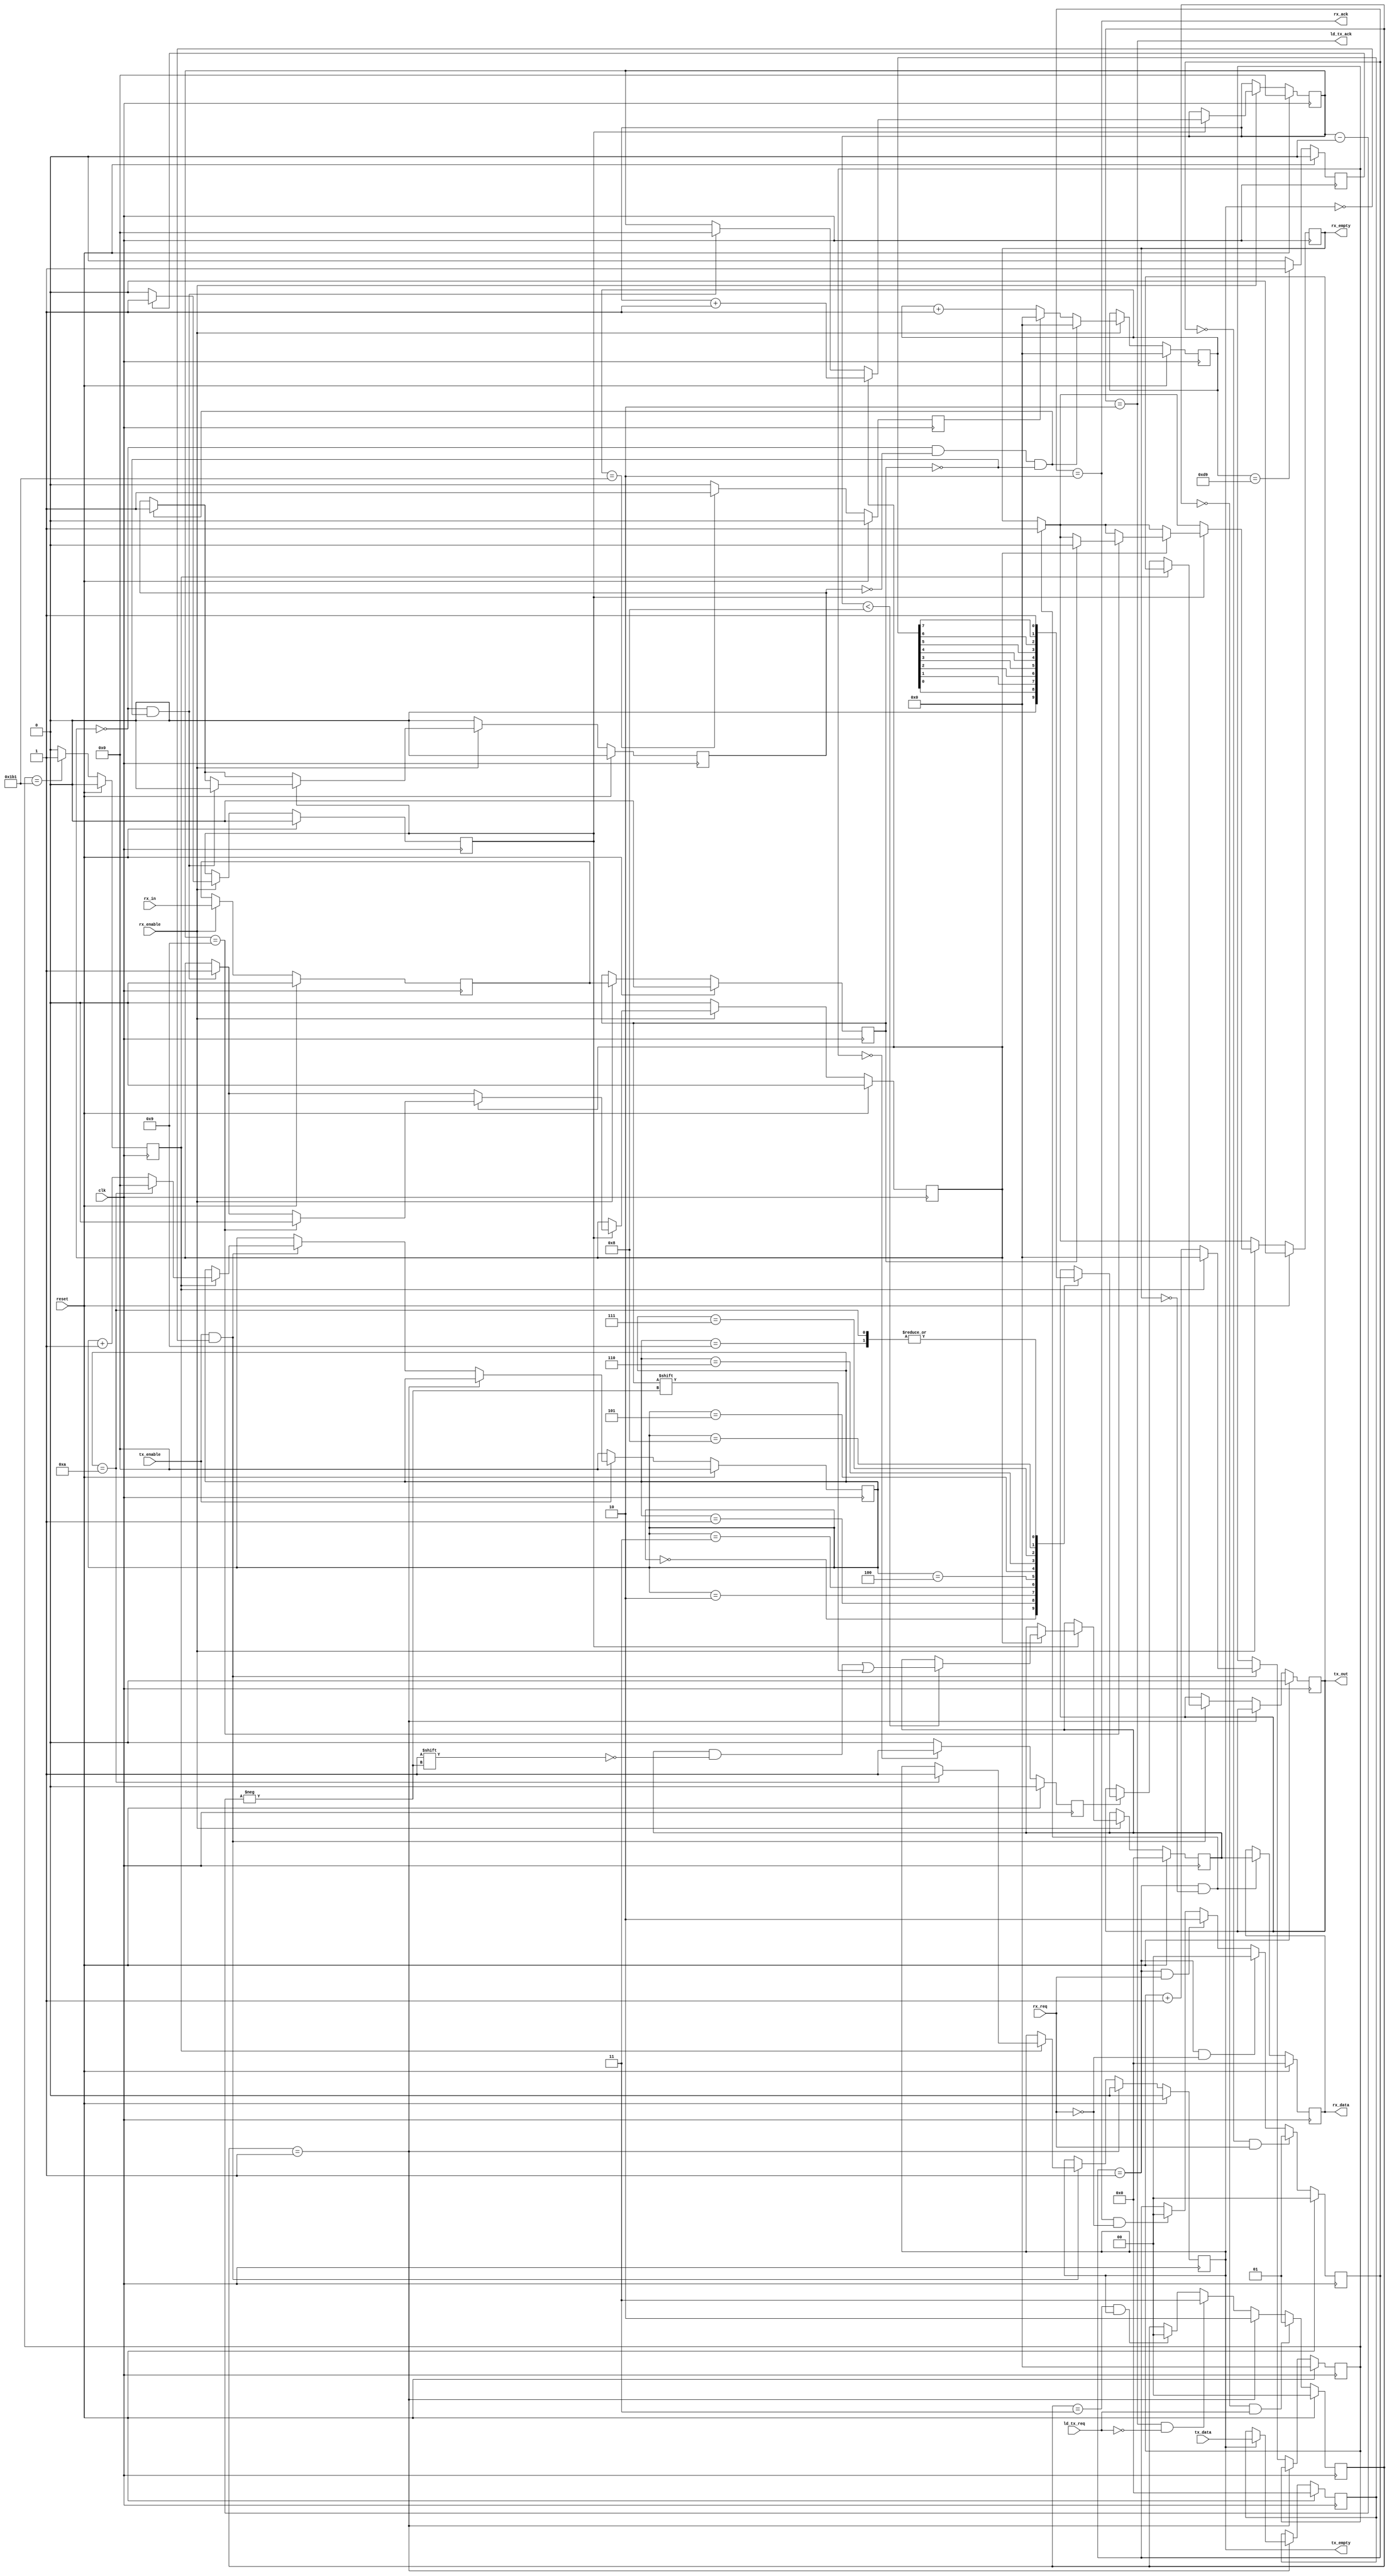
// uart.v --- ---!!!

/* verilator lint_off WIDTH */

`timescale 1ns/1ps
`default_nettype none

module uart(/*AUTOARG*/
   // Outputs
   rx_data, ld_tx_ack, rx_ack, rx_empty, tx_empty, tx_out,
   // Inputs
   tx_data, clk, ld_tx_req, reset, rx_enable, rx_in, rx_req,
   tx_enable
   );

   parameter [31:0] FREQ = 50000000;
   parameter [31:0] RATE = 115200;

   input [7:0] tx_data;
   input clk;
   input ld_tx_req;
   input reset;
   input rx_enable;
   input rx_in;
   input rx_req;
   input tx_enable;
   output [7:0] rx_data;
   output ld_tx_ack;
   output rx_ack;
   output rx_empty;
   output tx_empty;
   output tx_out;

   ////////////////////////////////////////////////////////////////////////////////

   parameter BITWIDTH = FREQ / RATE;

   reg [15:0] rx_bit_time;
   reg [15:0] tx_bit_time;
   reg [1:0] rx_ld_state;
   reg [1:0] tx_ld;
   reg [3:0] rx_bit_cnt;
   reg [3:0] tx_bit_cnt;
   reg [7:0] rx_data;
   reg [7:0] rx_reg;
   reg [7:0] tx_reg;
   reg rx_bit_middle, rx_bit_end;
   reg rx_busy;
   reg rx_d1;
   reg rx_d2;
   reg rx_empty;
   reg rx_frame_err;
   reg rx_over_run;
   reg rx_sampled;
   reg rx_start_bit;
   reg tx_bit_start, tx_bit_end;
   reg tx_empty;
   reg tx_out;
   reg tx_over_run;

   wire [1:0] rx_ld_next;
   wire [1:0] tx_ld_next;
   wire ld_tx_data;
   wire rx_waiting;

   /*AUTOWIRE*/
   /*AUTOREG*/

   ////////////////////////////////////////////////////////////////////////////////

   initial begin
      rx_ld_state = 0;
      tx_ld = 0;
   end

   always @(posedge clk)
     if (reset) begin
	/*AUTORESET*/
	// Beginning of autoreset for uninitialized flops
	rx_ld_state <= 2'h0;
	// End of automatics
     end else
       rx_ld_state <= rx_ld_next;

   assign rx_ld_next =
		      (rx_ld_state == 0 && rx_req) ? 2'd1 :
		      (rx_ld_state == 1 && ~rx_req) ? 2'd0 :
		      (rx_ld_state == 1 && rx_req) ? 2'd2 :
		      (rx_ld_state == 2 && ~rx_req) ? 2'd0 :
		      rx_ld_state;
   assign rx_waiting = (rx_ld_state == 1);
   assign rx_ack = (rx_ld_state == 2);

   always @(posedge clk)
     if (reset) begin
	rx_bit_middle <= 0;
	rx_bit_end <= 0;
     end else begin
	rx_bit_middle <= rx_bit_time == BITWIDTH/2 ? 1'b1 : 1'b0;
	rx_bit_end <= rx_bit_time == BITWIDTH - 1 ? 1'b1 : 1'b0;
     end

   always @(posedge clk)
     if (reset) begin
	/*AUTORESET*/
	// Beginning of autoreset for uninitialized flops
	tx_ld <= 2'h0;
	// End of automatics
     end else
       tx_ld <= tx_ld_next;

   assign tx_ld_next =
		      (tx_ld == 0 && ld_tx_req) ? 2'd1 :
		      (tx_ld == 1) ? 2'd2 :
		      (tx_ld == 2 && ~ld_tx_req) ? 2'd3 :
		      (tx_ld == 3 && tx_empty) ? 2'd0 :
		      tx_ld;
   assign ld_tx_ack = tx_ld == 2;
   assign ld_tx_data = tx_ld == 1;

   always @(posedge clk)
     if (reset) begin
	/*AUTORESET*/
	// Beginning of autoreset for uninitialized flops
	tx_bit_end <= 1'h0;
	tx_bit_start <= 1'h0;
	// End of automatics
     end else begin
	tx_bit_start <= (tx_bit_time == 0) ? 1'b1 : 1'b0;
	tx_bit_end <= (tx_bit_time == BITWIDTH - 1) ? 1'b1 : 1'b0;
     end

   always @(posedge clk)
     if (reset) begin
	/*AUTORESET*/
	// Beginning of autoreset for uninitialized flops
	rx_bit_cnt <= 4'h0;
	rx_bit_time <= 16'h0;
	rx_busy <= 1'h0;
	rx_d1 <= 1'h0;
	rx_d2 <= 1'h0;
	rx_data <= 8'h0;
	rx_empty <= 1'h0;
	rx_frame_err <= 1'h0;
	rx_over_run <= 1'h0;
	rx_reg <= 8'h0;
	rx_sampled <= 1'h0;
	rx_start_bit <= 1'h0;
	// End of automatics
     end else begin
	if (rx_waiting && ~rx_empty) begin
	   rx_data <= rx_reg;
	   rx_empty <= 1;
	end
	if (rx_enable) begin
	   if (!rx_bit_end)
	     rx_bit_time <= rx_bit_time + 16'h0001;
	   else
	     rx_bit_time <= 0;
	   rx_d1 <= rx_in;
	   rx_d2 <= rx_d1;
	   if (!rx_busy && !rx_start_bit && !rx_d2) begin
	      rx_start_bit <= 1;
	      rx_bit_time <= 0;
	   end
	   if (rx_bit_middle)
	     rx_sampled <= 1'b1;
	   else
	     rx_sampled <= 1'b0;
	   if (rx_sampled) begin
	      if (!rx_busy && !rx_d2) begin
		 rx_start_bit <= 0;
		 rx_busy <= 1;
		 rx_bit_cnt <= 0;
	      end
	      if (rx_busy) begin
		 rx_bit_cnt <= rx_bit_cnt + 4'd1;
		 if (rx_bit_cnt < 8)
		   rx_reg[rx_bit_cnt] <= rx_d2;
		 if (rx_bit_cnt == 4'd9) begin
		    rx_busy <= 0;
		    if (rx_d2 == 0)
		      rx_frame_err <= 1;
		    else begin
		       rx_empty <= 0;
		       rx_frame_err <= 0;
		       rx_over_run <= (rx_empty) ? 1'b0 : 1'b1;
		    end
		 end
	      end
	   end
	end
	if (!rx_enable) begin
	   rx_start_bit <= 0;
	   rx_busy <= 0;
	end
     end

   always @(posedge clk)
     if (reset) begin
	/*AUTORESET*/
	// Beginning of autoreset for uninitialized flops
	tx_bit_cnt <= 4'h0;
	tx_bit_time <= 16'h0;
	tx_empty <= 1'h0;
	tx_out <= 1'h0;
	tx_over_run <= 1'h0;
	tx_reg <= 8'h0;
	// End of automatics
     end else begin
	if (ld_tx_data) begin
	   if (!tx_empty)
	     tx_over_run <= 1;
	   else begin
	      tx_reg <= tx_data;
	      tx_empty <= 0;
	   end
	end else if (tx_enable && !tx_empty) begin
	   if (tx_bit_end) begin
	      tx_bit_time <= 0;
	      tx_bit_cnt <= tx_bit_cnt + 4'b1;
	      if (tx_bit_cnt == 4'd10) begin
		 tx_empty <= 1;
		 tx_bit_cnt <= 0;
	      end
	   end else begin
	      tx_bit_time <= tx_bit_time + 16'h0001;
	      if (tx_bit_start) begin
		 case (tx_bit_cnt)
		   4'd0: tx_out <= 1'b0;
		   4'd1: tx_out <= tx_reg[0];
		   4'd2: tx_out <= tx_reg[1];
		   4'd3: tx_out <= tx_reg[2];
		   4'd4: tx_out <= tx_reg[3];
		   4'd5: tx_out <= tx_reg[4];
		   4'd6: tx_out <= tx_reg[5];
		   4'd7: tx_out <= tx_reg[6];
		   4'd8: tx_out <= tx_reg[7];
		   4'd9: tx_out <= 1'b1;
		   4'd10: tx_out <= 1'b1;
		   default: tx_out <= tx_out;
		 endcase
	      end
	   end
	end
	if (!tx_enable)
	  tx_bit_cnt <= 0;
     end

endmodule

`default_nettype wire

// Local Variables:
// verilog-library-directories: (".")
// End: